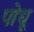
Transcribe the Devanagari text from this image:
पोधू